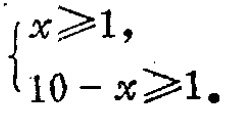
$\begin{cases}
x\geqslant1, \\
10 - x\geqslant1.
\end{cases}$